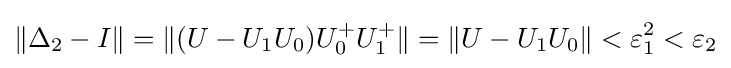
\|\Delta _{2}-I\|=\|(U-U_{1}U_{0})U_{0}^{+}U_{1}^{+}\|=\|U-U_{1}U_{0}\|<\varepsilon _{1}^{2}<\varepsilon _{2}